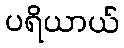
ပရိယာယ်